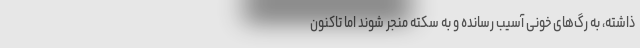
ذاشته، به رگ‌های خونی آسیب رسانده و به سکته منجر شوند اما تاکنون